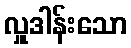
လှူဒါန်းသော